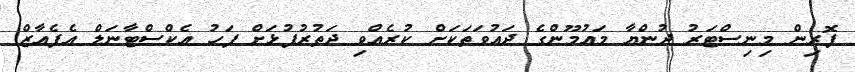
ފޮރިން މިނިސްޓަރު ދުންޔާ މައުމޫންގެ ދައުވަތަކަށް ކުރެއްވި ދަތުރުފުޅަށް ފަހު އެކްސްޓާނަލް އެފެއާޒް